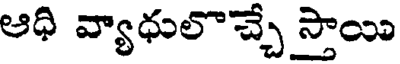
ఆధి వ్యాధులొచ్చే స్తాయి